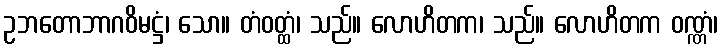
ဥဘတောဘာဂဝိမဋ္ဌံ၊ သော။ တံဝတ္ထံ၊ သည်။ လောဟိတက၊ သည်။ လောဟိတက ဝဏ္ဏံ၊